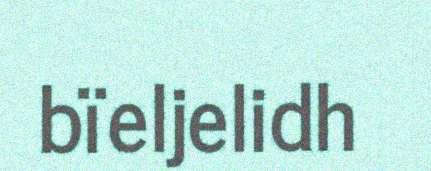
bïeljelidh